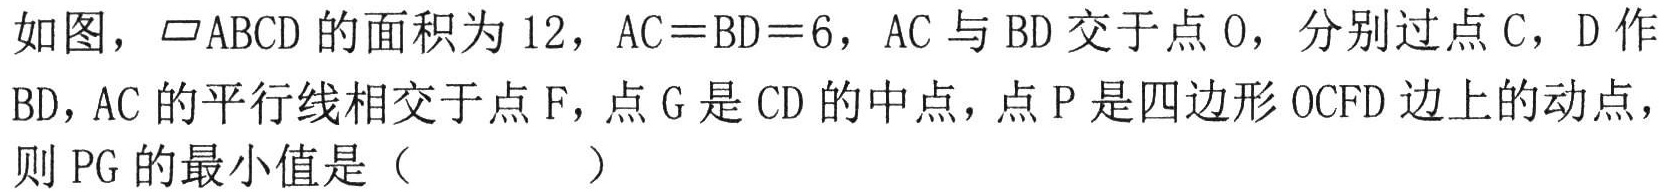
如图，$\parallelogram ABCD$的面积为\(12\)，\(AC = BD = 6\)，\(AC\)与\(BD\)交于点\(O\)，分别过点\(C\)，\(D\)作\(BD\)，\(AC\)的平行线相交于点\(F\)，点\(G\)是\(CD\)的中点，点\(P\)是四边形\(OCFD\)边上的动点，则\(PG\)的最小值是（  ）